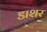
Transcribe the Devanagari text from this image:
डाशर